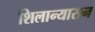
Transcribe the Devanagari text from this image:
शिलान्यासन